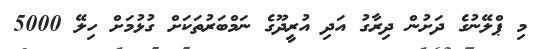
މި ޕްލޭނުގެ ދަށުން ދިރާގު އަދި އުރީދޫގެ ނަމްބަރުތަކަށް ގުޅުމަށް ހިލޭ 5000